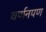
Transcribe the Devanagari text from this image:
वर्णनपण